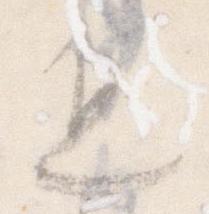
進